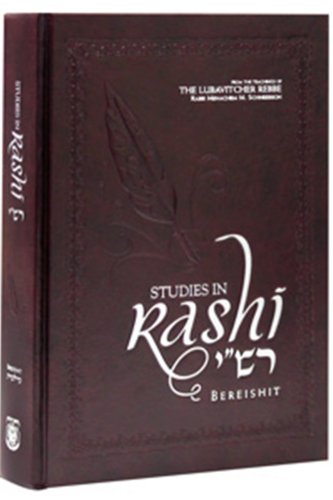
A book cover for Studies in Rashi - Bereishit; Rabbi Menachem M. Schneerson; Religion & Spirituality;